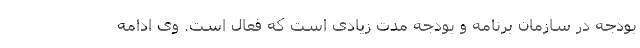
بودجه در سازمان برنامه و بودجه مدت زیادی است که فعال است. وی ادامه